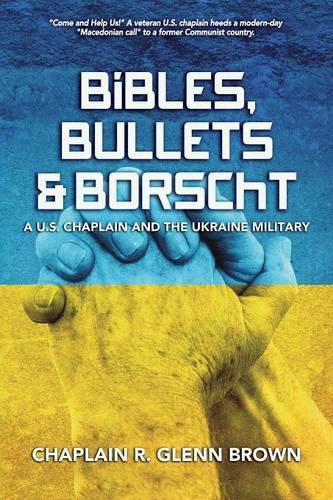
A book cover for Bibles, Bullets and Borscht  - A U.S. Chaplain and the Ukraine Military; R. Glenn Brown; Travel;